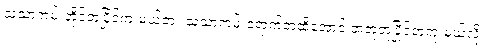
သံသာကမ်းတိုင်တူပြိုင်ကူးမယ်တဲ့။ သံသာကမ်းရောက်တဲ့ထိအောင် အတူတူပြိုင်တူကူးမယ်လို့